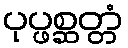
ပုပ္ဖစ္ဆတ္တံ